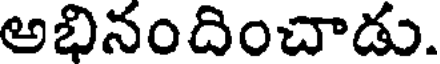
అభినందించాడు.